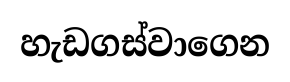
හැඩගස්වාගෙන